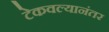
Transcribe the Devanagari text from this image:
टेकवल्यानंतर